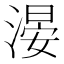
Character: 𣺂